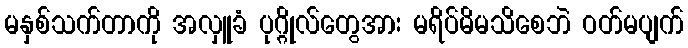
မနှစ်သက်တာကို အလှူခံ ပုဂ္ဂိုလ်တွေအား မရိပ်မိမသိစေဘဲ ဝတ်မပျက်